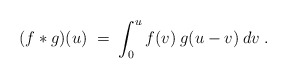
\begin{align*}(f * g)(u) \;=\; \int_0^u f(v) \:g(u-v) \:dv \;.\end{align*}